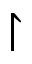
\upharpoonright